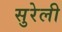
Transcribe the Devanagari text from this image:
सुरेली